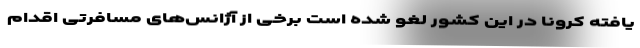
یافته کرونا در این کشور لغو شده است برخی از آژانس‌های مسافرتی اقدام